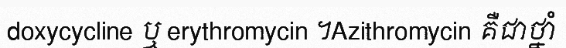
doxycycline ឬ erythromycin ។Azithromycin គឺជាថ្នាំ